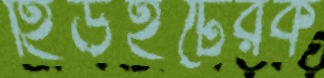
হিউইটেরক